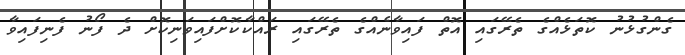
ގެންގުޅުނު ކޮތަޅެއްގެ ތެރޭގައި އޮތް ފައިވާނެއްގެ ތެރޭގައި ރައްކާކޮށްފައިވަނިކޮށް ދެ ފޯނު ފެނިފައިވާ